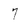
Character: 7